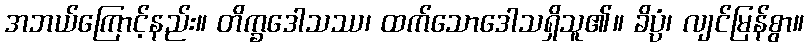
အဘယ်ကြောင့်နည်း။ တိက္ခဒေါသဿ၊ ထက်သောဒေါသရှိသူ၏။ ခိပ္ပံ၊ လျင်မြန်စွာ။